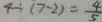
4 \div ( 7 - 2 ) = \frac { 4 } { 5 }